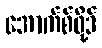
အောက်စ်ဖို့ဒ်